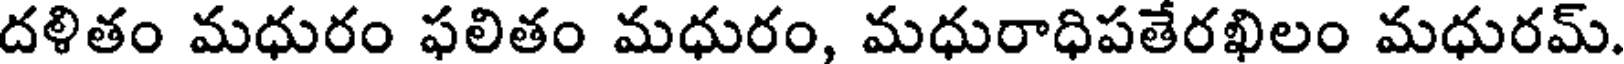
దళితం మధురం ఫలితం మధురం, మధురాధిపతేరఖిలం మధురమ్.